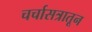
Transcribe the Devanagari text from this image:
चर्चासत्रातून